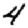
Digit: 4